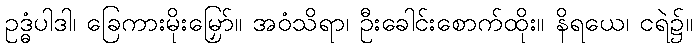
ဥဒ္ဓံပါဒါ၊ ခြေကားမိုးမြှော်။ အဝံသိရာ၊ ဦးခေါင်းစောက်ထိုး။ နိရယေ၊ ငရဲ၌။